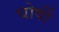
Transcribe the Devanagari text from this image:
घोर्षी